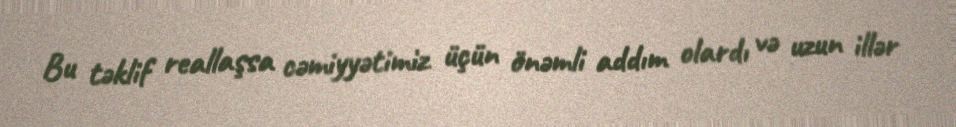
Bu təklif reallaşsa cəmiyyətimiz üçün önəmli addım olardı və uzun illər